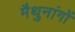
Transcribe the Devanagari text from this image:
मैथुनांगों